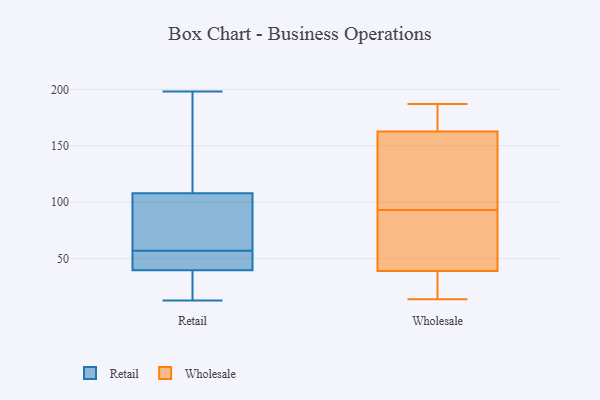
{"axis": {"x": "Page Views", "y": "Value"}, "legend": ["Retail", "Wholesale"], "data": [{"x": "", "y": 68, "type": "Retail"}, {"x": "", "y": 56, "type": "Retail"}, {"x": "", "y": 40, "type": "Retail"}, {"x": "", "y": 90, "type": "Retail"}, {"x": "", "y": 13, "type": "Retail"}, {"x": "", "y": 18, "type": "Retail"}, {"x": "", "y": 140, "type": "Retail"}, {"x": "", "y": 138, "type": "Retail"}, {"x": "", "y": 47, "type": "Retail"}, {"x": "", "y": 57, "type": "Retail"}, {"x": "", "y": 98, "type": "Retail"}, {"x": "", "y": 198, "type": "Retail"}, {"x": "", "y": 39, "type": "Retail"}, {"x": "", "y": 185, "type": "Wholesale"}, {"x": "", "y": 93, "type": "Wholesale"}, {"x": "", "y": 25, "type": "Wholesale"}, {"x": "", "y": 14, "type": "Wholesale"}, {"x": "", "y": 49, "type": "Wholesale"}, {"x": "", "y": 158, "type": "Wholesale"}, {"x": "", "y": 137, "type": "Wholesale"}, {"x": "", "y": 187, "type": "Wholesale"}, {"x": "", "y": 177, "type": "Wholesale"}, {"x": "", "y": 72, "type": "Wholesale"}, {"x": "", "y": 102, "type": "Wholesale"}, {"x": "", "y": 39, "type": "Wholesale"}, {"x": "", "y": 39, "type": "Wholesale"}]}